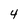
Character: 4